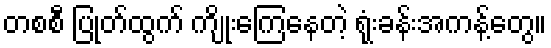
တစစီ ပြုတ်ထွက် ကျိုးကြေနေတဲ့ ရုံးခန်းအကန့်တွေ။